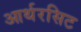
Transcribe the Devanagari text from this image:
आर्थरसिट